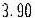
3.90